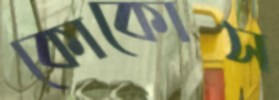
কোকোস